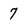
Character: 7